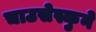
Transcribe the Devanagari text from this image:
चाउसेस्कुने